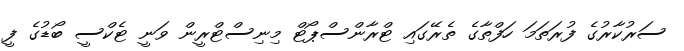
ސަރުކާރުގެ ފުރަތަމަ ހަފްތާގެ ތެރޭގައި ޓްރާންސްޕޯޓް މިނިސްޓްރީން ވަނީ ޓެކްސީ ބޯޑުގެ ފީ